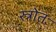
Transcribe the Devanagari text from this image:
स्त्रोतः